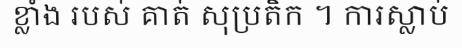
ខ្លាំង របស់ គាត់ សុប្រតិក ។ ការស្លាប់